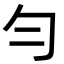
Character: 勻